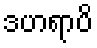
ဒဟရာပိ